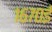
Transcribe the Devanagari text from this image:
१६७०ई